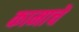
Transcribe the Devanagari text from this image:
कामाचें